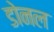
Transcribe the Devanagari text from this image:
डोनल